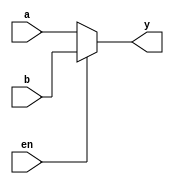
`timescale 1ns / 1ps
module mux(input a,b,en, output reg y);
always@(a,b,en)
begin
if(en)
y=b;
else
y=a;
end
endmodule
module bgmux(input a, b,output [5:0] y);
wire [2:0] w;
assign w[0]=0;
assign w[1]=1;
assign w[2]=~b;
mux andgate(w[0],b,a,y[0]);
mux orgate(b,w[1],a,y[1]);
mux exor (w[2],b,a,y[2]);
mux exnor(b,w[2],a,y[3]);
mux nandg(w[1],w[2],a,y[4]);
mux norg(w[2],w[0],a,y[5]);
endmodule